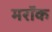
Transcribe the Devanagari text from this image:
मरॉक